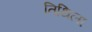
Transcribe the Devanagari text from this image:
तिथिला